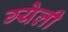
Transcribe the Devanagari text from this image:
ग्येली